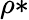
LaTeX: \rho*